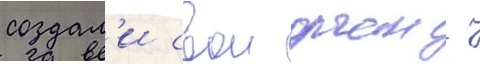
создал'и свои орган -